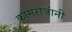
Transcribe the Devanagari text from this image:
कामराजांनी